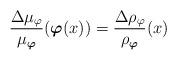
LaTeX: \begin{align*}\frac{\Delta\mu_\varphi}{\mu_{\boldsymbol\varphi}}(\boldsymbol\varphi(x))=\frac{\Delta\rho_\varphi}{\rho_{\boldsymbol\varphi}}(x)\end{align*}